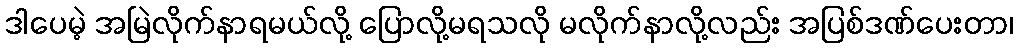
ဒါပေမဲ့ အမြဲလိုက်နာရမယ်လို့ ပြောလို့မရသလို မလိုက်နာလို့လည်း အပြစ်ဒဏ်ပေးတာ၊